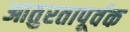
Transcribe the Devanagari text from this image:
आतुरतापूर्वक